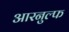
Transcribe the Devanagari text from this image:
आरनुल्फ